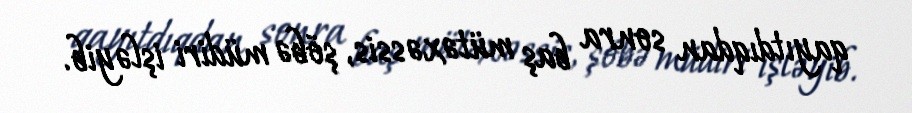
qayıtdıqdan sonra baş mütəxəssis, şöbə müdiri işləyib.